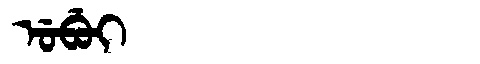
Manchu: ᡠᠪᡠᡳ
Romanization: UBUI